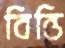
বিন্তি